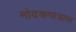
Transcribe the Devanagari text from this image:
मोदकपात्रास